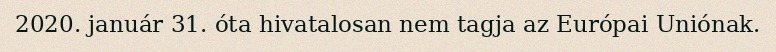
2020. január 31. óta hivatalosan nem tagja az Európai Uniónak.